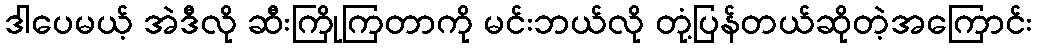
ဒါပေမယ့် အဲဒီလို ဆီးကြိုကြတာကို မင်းဘယ်လို တုံ့ပြန်တယ်ဆိုတဲ့အကြောင်း